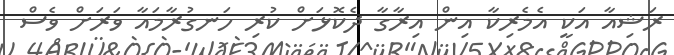
ރަޝިއާ އަކީ އެމެރިކާ އިން އިރާގާ ދެކޮޅަށް ކުރި ހަނގުރާމައާ ވަރަށް ވެސް